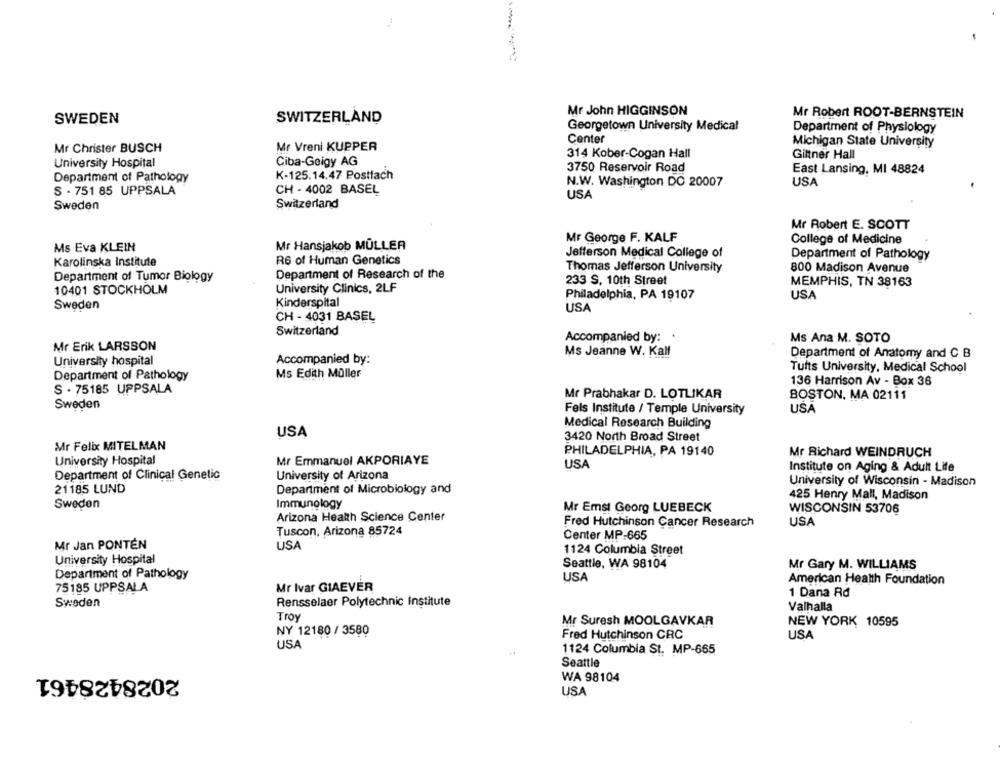
Mr John HIGGINSON
Mr Robert ROOT-BERNSTEIN
SWEDEN
SWITZERLAND
Georgetown University Medical
Department of Physiology
Center
Michigan State University
Mr Christer BUSCH
Mr Vreni KUPPER
314 Kober-Cogan Hall
Giltner Hall
University Hospital
Ciba-Geigy AG
3750 Reservoir Road
K-125.14.47 Postfach
East Lansing, MI 48824
Department of Pathology
N.W. Washington DC 20007
USA
S - 751 85 UPPSALA
CH - 4002 BASEL
USA
Sweden
Switzerland
Mr Robert E. SCOTT
Mr George F. KALF
College of Medicine
Ms Eva KLEIN
Mr Hansjakob MÜLLER
R6 of Human Genetics
Jefferson Medical College of
Department of Pathology
Karolinska Institute
Thomas Jefferson University
800 Madison Avenue
Department of Research of the
Department of Tumor Biology
233 S, 10th Street
MEMPHIS, TN 38163
10401 STOCKHOLM
University Clinics, 2LF
Philadelphia, PA 19107
USA
Kinderspital
Sweden
USA
CH - 4031 BAŞEL
Switzerland
Accompanied by:
Ms Ana M. SOTO
Mr Erik LARSSON
Accompanied by:
Ms Jeanne W. Kalf
Department of Anatomy and C B
University hospital
Ms Edith Müller
Tufts University, Medical School
Department of Pathology
136 Harrison Av - Box 36
S · 75185 UPPSALA
Mr Prabhakar D. LOTLIKAR
BOSTON, MA 02111
Sweden
Fels Institute / Temple University
USA
Medical Research Building
USA
3420 North Broad Street
Mr Felix MITELMAN
PHILADELPHIA, PA 19140
Mr Richard WEINDRUCH
University Hospital
Mr Emmanuel AKPORIAYE
USA
Institute on Aging & Adult Life
Department of Clinical Genetic
University of Arizona
University of Wisconsin - Madison
21185 LUND
Department of Microbiology and
425 Henry Mall, Madison
Sweden
Immunology
Mr Emst Georg LUEBECK
WISCONSIN 53706
Arizona Health Science Center
Fred Hutchinson Cancer Research
USA
Tuscon, Arizona 85724
Center MP-665
Mr Jan PONTÉN
USA
1124 Columbia Street
University Hospital
Seattle, WA 98104
Mr Gary M. WILLIAMS
Department of Pathology
USA
American Health Foundation
75185 UPPSALA
Mr Ivar GIAEVER
1 Dana Rd
Sweden
Rensselaer Polytechnic Institute
Valhalla
Troy
Mr Suresh MOOLGAVKAR
NEW YORK 10595
NY 12180 / 3580
Fred Hutchinson CRC
USA
USA
1124 Columbia St. MP-665
Seattle
2028428461
WA 98104
USA